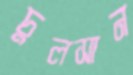
চুলসান